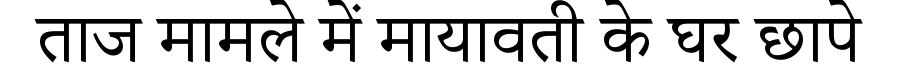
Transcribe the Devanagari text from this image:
ताज मामले में मायावती के घर छापे